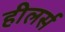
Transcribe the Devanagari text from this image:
हीलर्स